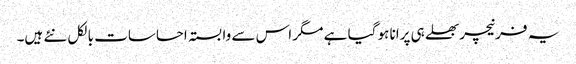
یہ فرنیچر بھلے ہی پرانا ہو گیا ہے مگر اس سے وابستہ احساسات بالکل نئے ہیں۔